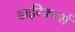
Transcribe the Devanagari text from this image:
डाईरेक्टर्स